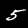
Label: 5